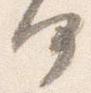
何